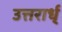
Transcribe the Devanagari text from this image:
उत्तरार्ध्